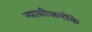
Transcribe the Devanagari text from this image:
न्यासीजनोंके